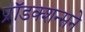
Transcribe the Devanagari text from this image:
प्रॉडक्शन्सने